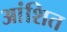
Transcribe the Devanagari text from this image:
आंशित